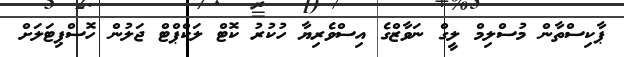
ޕާކިސްތާން މުސްލިމް ލީގް ނަވާޒްގެ އިސްވެރިޔާ ހުކުރު ކޮޓް ލަކްޕްޓް ޖަލުން ހޮޮސްޕިޓަލަށް